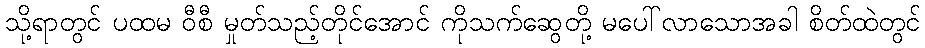
သို့ရာတွင် ပထမ ဝီစီ မှုတ်သည့်တိုင်အောင် ကိုသက်ဆွေတို့ မပေါ်လာသောအခါ စိတ်ထဲတွင်